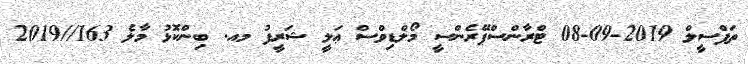
ތަފްސީލް 2019-09-08 ޓްރާންސްޕޭރެންސީ މޯލްޑިވްސް ޢަލީ ޝަރީފު މއ. ބިންކޮޅު މާލެ 163//2019